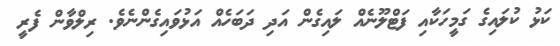
ކަޅު ކުލައިގެ ގަމީހަކާއި ފަޓްލޫނެއް ލައިގެން އަދި ދަބަހެއް އަޅުވައިގެންނެވެ. ރިލްވާން ފެރީ